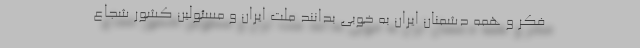
فکر و همه دشمنان ایران به خوبی بدانند ملت ایران و مسئولین کشور شجاع